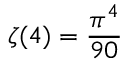
\zeta ( 4 ) = \frac { \pi ^ { 4 } } { 9 0 }